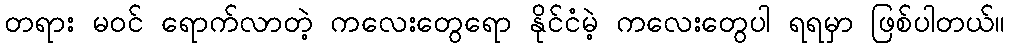
တရား မ၀င် ရောက်လာတဲ့ ကလေးတွေရော နိုင်ငံမဲ့ ကလေးတွေပါ ရရမှာ ဖြစ်ပါတယ်။